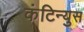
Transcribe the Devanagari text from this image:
कंटिन्युस